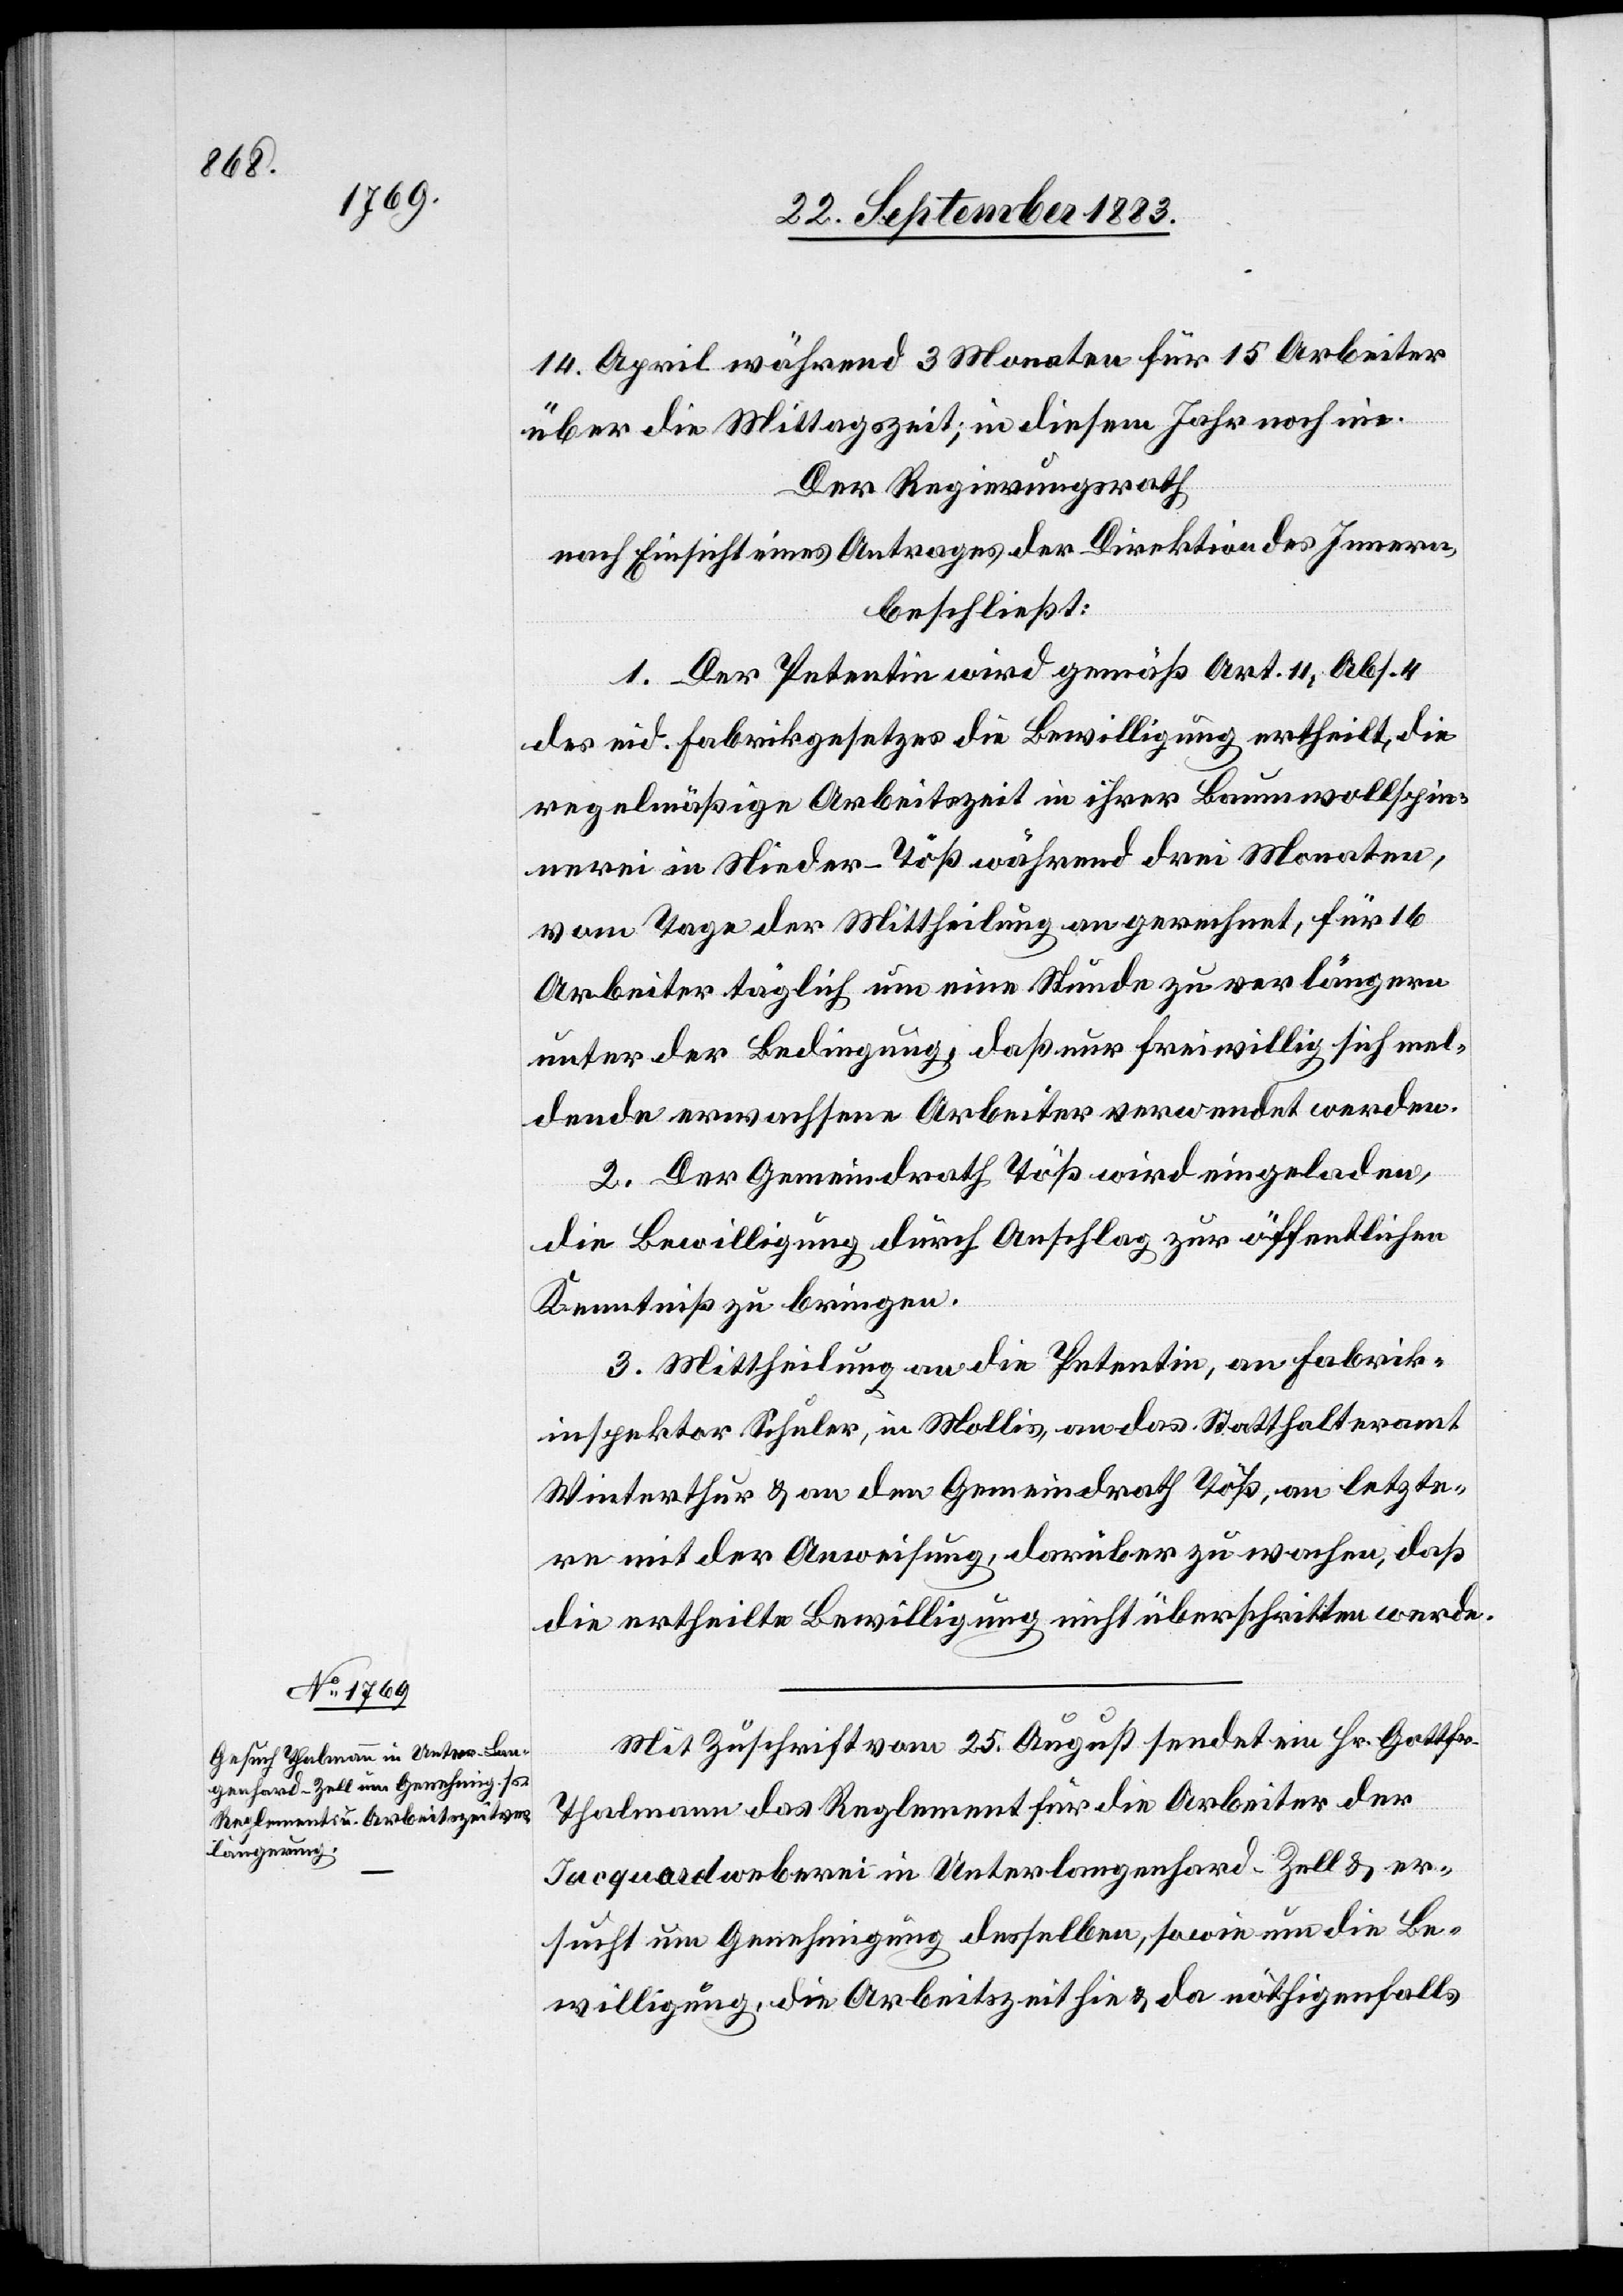
14. April während 3 Monaten für 15 Arbeiter
über die Mittagszeit; in diesem Jahr noch nie.
Der Regierungsrath,
nach Einsicht eines Antrages der Direktion des Innern,
beschließt:
1. Der Petentin wird gemäß Art. 11, Abs. 4
des eid. Fabrikgesetzes die Bewilligung ertheilt, die
regelmäßige Arbeitszeit in ihrer Baumwollspin¬
nerei in Nieder-Töß während drei Monaten,
vom Tage der Mittheilung an gerechnet, für 16
Arbeiter täglich um eine Stunde zu verlängern
unter der Bedingung, daß nur freiwillig sich mel¬
dende erwachsene Arbeiter verwendet werden.
2. Der Gemeindrath Töß wird eingeladen,
die Bewilligung durch Anschlag zu öffentlichen
Kenntniß zu bringen.
3. Mittheilung an die Petentin, an Fabrik¬
inspektor Schuler, in Mollis, an das Statthalteramt
Winterthur & an den Gemeindrath Töß, an letzte¬
re mit der Anweisung, darüber zu wachen, daß
die ertheilte Bewilligung nicht überschritten werde.
Mit Zuschrift vom 25. August sendet ein Hr. Gottfr.
Thalmann das Reglement für die Arbeiter der
Jacquardweberei in Unterlangenhard - Zell [ein] & er¬
sucht um Genehmigung desselben, sowie um die Be¬
willigung, die Arbeitszeit hie & da nöthigenfalls